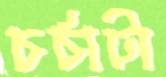
চর্চাটা